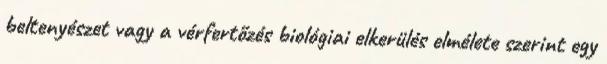
beltenyészet vagy a vérfertőzés biológiai elkerülés elmélete szerint egy